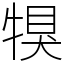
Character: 犑